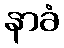
နာခံ